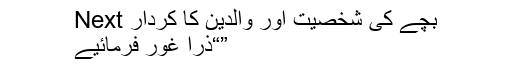
Next بچے کی شخصیت اور والدین کا کردار
“ذرا غور فرمائیے”